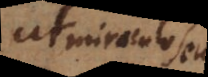
miraculo seu